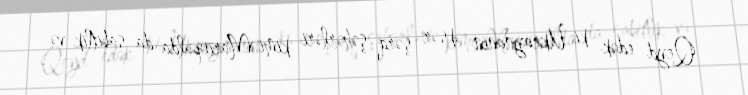
Qeyd edək ki, Ukraynanın əksər şərq şəhərləri kimi Mariopulda da sabitlik və